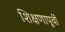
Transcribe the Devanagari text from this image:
शिक्षणापूर्वी